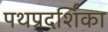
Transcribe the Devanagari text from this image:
पथप्रदर्शिका